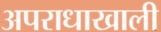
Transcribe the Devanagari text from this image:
अपराधाखाली